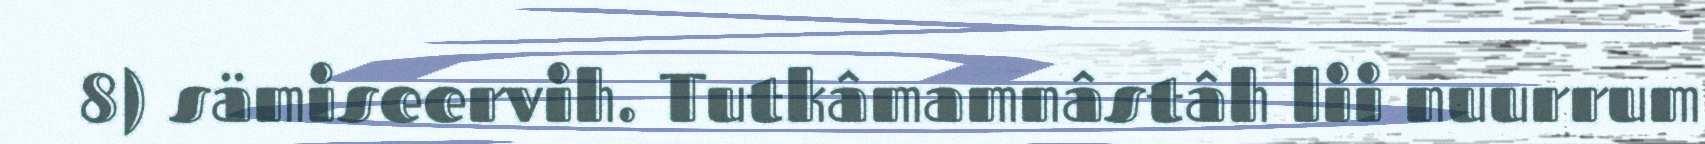
8) sämiseervih. Tutkâmamnâstâh lii nuurrum